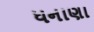
ધનાણા